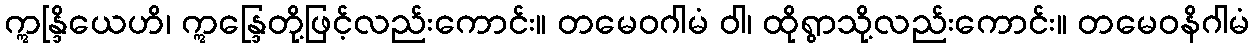
ဣန္ဒြိယေဟိ၊ ဣန္ဒြေတို့ဖြင့်လည်းကောင်း။ တမေဝဂါမံ ဝါ၊ ထိုရွာသို့လည်းကောင်း။ တမေဝနိဂါမံ